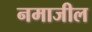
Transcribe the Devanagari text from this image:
नमाजील